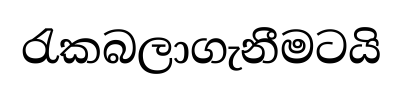
රැකබලාගැනීමටයි